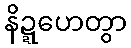
နိဍ္ဍဟေတွာ